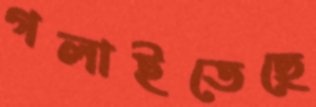
গলাইতেছে